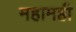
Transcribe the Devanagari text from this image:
महामही